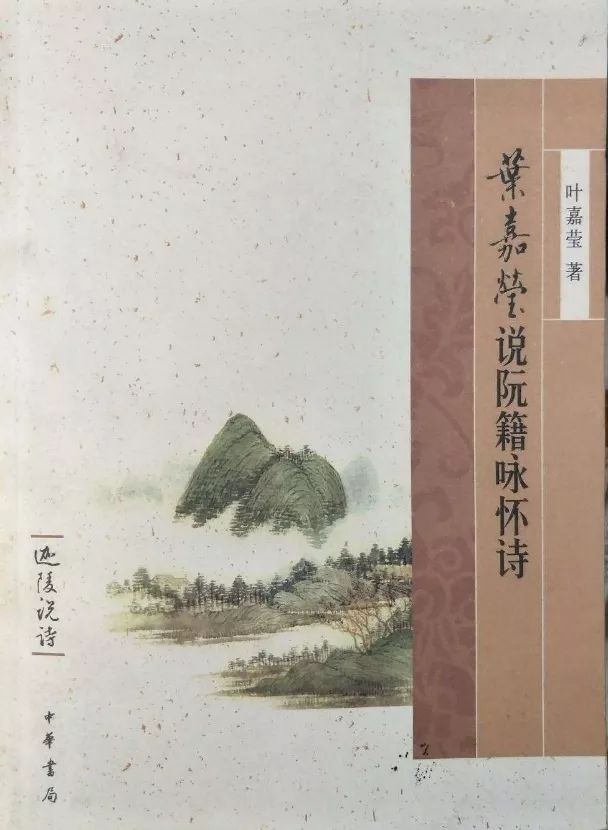
孤鸿号外野，翔鸟鸣北林。